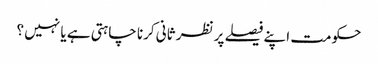
حکومت اپنے فیصلے پر نظر ثانی کرنا چاہتی ہے یا نہیں ؟